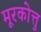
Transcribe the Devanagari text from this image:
मूरकोत्तु